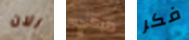
الان طبعي فكر